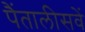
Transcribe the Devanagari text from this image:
पैंतालीसवें